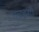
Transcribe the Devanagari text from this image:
एचइसी